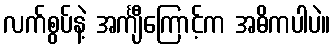
လက်စွပ်နဲ့ အင်္ကျီကြောင့်က အဓိကပါပဲ။